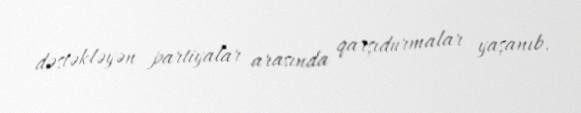
dəstəkləyən partiyalar arasında qarşıdurmalar yaşanıb.